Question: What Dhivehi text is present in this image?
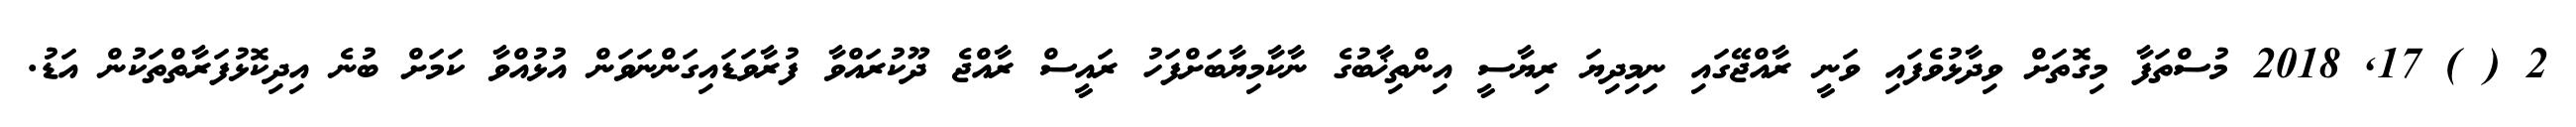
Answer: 2 ( ) 17, 2018 މުސްތަފާ މިގޮތަށް ވިދާޅުވެފައި ވަނީ ރާއްޖޭގައި ނިމިދިޔަ ރިޔާސީ އިންތިޚާބުގެ ނާކާމިޔާބަށްފަހު ރައީސް ރާއްޖެ ދޫކުރައްވާ ފުރާވަޑައިގަންނަވަން އުޅުއްވާ ކަމަށް ބުނެ އިދިކޮޅުފަރާތްތަކުން އަޑު.